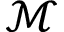
\mathscr { M }